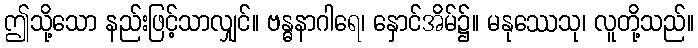
ဤသို့သော နည်းဖြင့်သာလျှင်။ ဗန္ဓနာဂါရေ၊ နှောင်အိမ်၌။ မနုဿေသု၊ လူတို့သည်။